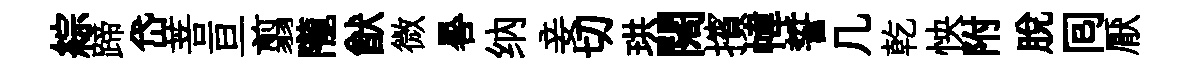
綜蹄岱菩亘翦隴猷微晷纳妾切珙闊擯幃誓几乾怏附脫囘厭